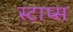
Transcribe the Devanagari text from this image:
स्टाप्स